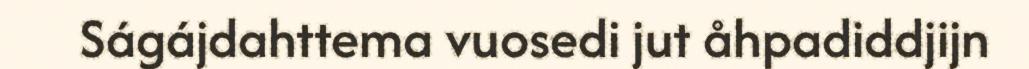
Ságájdahttema vuosedi jut åhpadiddjijn